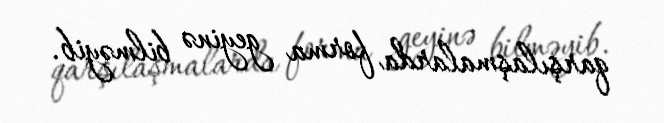
qarşılaşmalarda forma geyinə bilməyib.